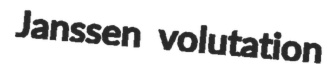
Janssen volutation